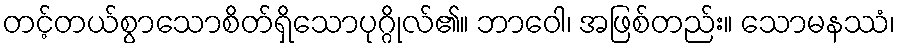
တင့်တယ်စွာသောစိတ်ရှိသောပုဂ္ဂိုလ်၏။ ဘာဝေါ၊ အဖြစ်တည်း။ သောမနဿံ၊